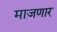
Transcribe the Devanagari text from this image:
माजणार